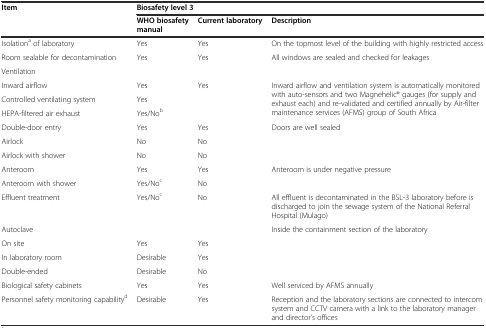
| Item | <COLSPAN=3> Biosafety level 3 |
 |  | WHO biosafety manual | Current laboratory | Description |
 | --- | --- | --- | --- |
 | Isolationa of laboratory | Yes | Yes | On the topmost level of the building with highly restricted access |
 | Room sealable for decontamination | Yes | Yes | All windows are sealed and checked for leakages |
 | Ventilation |  |  |  |
 | Inward airflow | Yes | Yes | <ROWSPAN=3> Inward airflow and ventilation system is automatically monitored with auto-sensors and two Magnehelic® gauges (for supply and exhaust each) and re-validated and certified annually by Air-filter maintenance services (AFMS) group of South Africa |
 | Controlled ventilating system | Yes | <ROWSPAN=2>  |
 | HEPA-filtered air exhaust | Yes/Nob |
 | Double-door entry | Yes | Yes | Doors are well sealed |
 | Airlock | No | No |  |
 | Airlock with shower | No | No |  |
 | Anteroom | Yes | Yes | Anteroom is under negative pressure |
 | Anteroom with shower | Yes/Noc | No |  |
 | Effluent treatment | Yes/Noc | No | All effluent is decontaminated in the BSL-3 laboratory before is discharged to join the sewage system of the National Referral Hospital (Mulago) |
 | Autoclave |  |  | <ROWSPAN=4> Inside the containment section of the laboratory |
 | On site | Yes | Yes |
 | In laboratory room | Desirable | Yes |
 | Double-ended | Desirable | No |
 | Biological safety cabinets | Yes | Yes | Well serviced by AFMS annually |
 | Personnel safety monitoring capabilityd | Desirable | Yes | Reception and the laboratory sections are connected to intercom system and CCTV camera with a link to the laboratory manager and director’s offices |